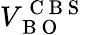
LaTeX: V_{\mathrm{~B~O~}}^{\mathrm{~C~B~S~}}